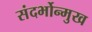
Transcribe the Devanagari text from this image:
संदर्भोन्मुख